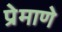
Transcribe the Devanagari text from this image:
प्रेमाणे